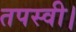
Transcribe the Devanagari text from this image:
तपस्वी।